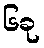
၆ခု